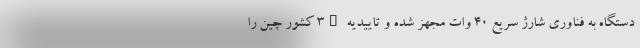
دستگاه به فناوری شارژ سریع ۴۰ وات مجهز شده و تاییدیه 3C کشور چین را